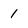
Character: 1